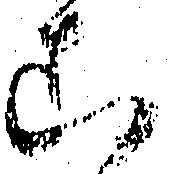
こ